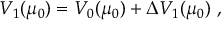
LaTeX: V _ { 1 } ( \mu _ { 0 } ) = V _ { 0 } ( \mu _ { 0 } ) + { \Delta } V _ { 1 } ( \mu _ { 0 } ) \ ,